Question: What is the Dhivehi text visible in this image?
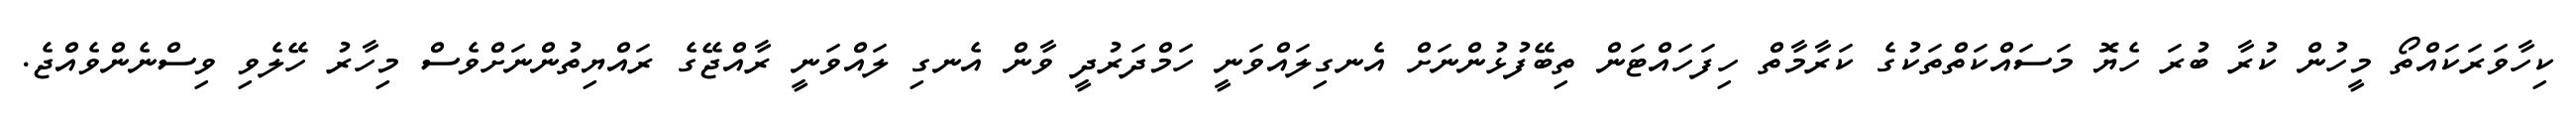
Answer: ކިހާވަރަކައްތޯ މީހުން ކުރާ ބުރަ ހެޔޮ މަސައްކަތްތަކުގެ ކަރާމާތް ހިފަހައްޓަން ތިބޭފުޅުންނަށް އެނގިލައްވަނީ ހަމްދަރުދީ ވާން އެނގި ލައްވަނީ ރާއްޖޭގެ ރައްޔިތުންނަށްވެސް މިހާރު ހޭލެވި ވިސްނެންވެއްޖެ.